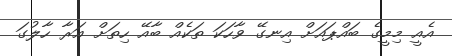
އެއީ މިމީގެ ބައްޕައަށް އިނގޭ ވާހަކަ ތަކެއް ބާއޭ ހިތަށް އަރާ ހާލުގަ